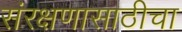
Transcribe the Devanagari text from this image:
संरक्षणासाठीचा